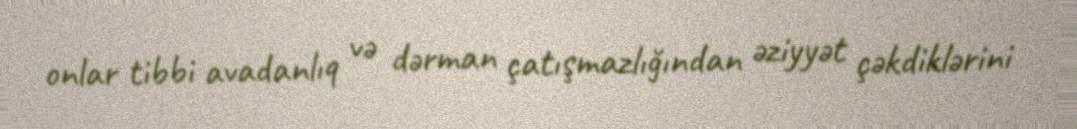
onlar tibbi avadanlıq və dərman çatışmazlığından əziyyət çəkdiklərini